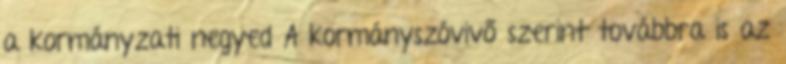
a kormányzati negyed A kormányszóvivő szerint továbbra is az